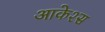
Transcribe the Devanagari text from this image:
आकेश्स